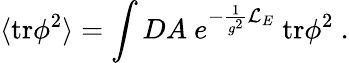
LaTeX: \langle\mathrm{tr}\phi^{2}\rangle=\int DA~e^{-\frac{1}{g^{2}}{\cal L}_{E}}~\mathrm{tr}\phi^{2}~.